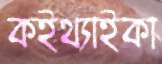
কইথ্যাইকা